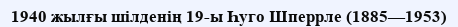
1940 жылғы шілденің 19-ы Һуго Шперрле (1885—1953)